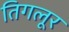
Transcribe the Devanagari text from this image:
तिगलूर